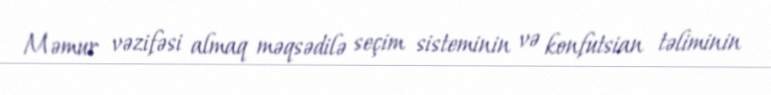
Məmur vəzifəsi almaq məqsədilə seçim sisteminin və konfutsian təliminin